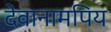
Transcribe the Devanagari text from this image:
देवानामपिय